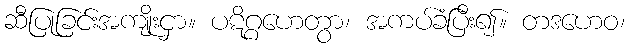
ဆီပြုခြင်းအကျိုးငှာ။ ပဋိဂ္ဂဟေတွာ၊ အကပ်ခံပြီး၍။ တဒဟေဝ၊